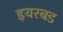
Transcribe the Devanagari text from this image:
इयरबड